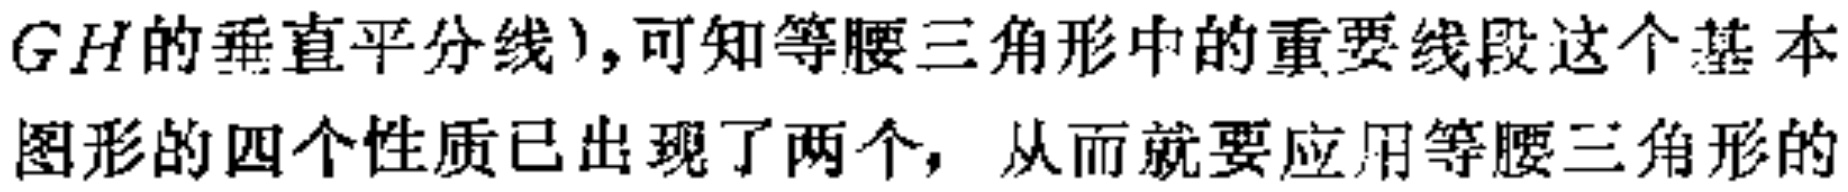
$GH的垂直平分线),可知等腰三角形中的重要线段这个基本图形的四个性质已出现了两个, 从而就要应用等腰三角形的$